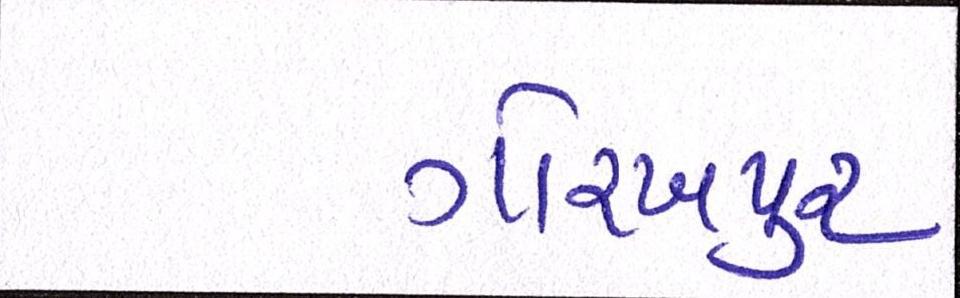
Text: ગોરખપુરઃ